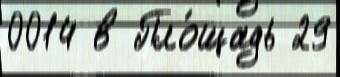
0014 в Пло́щадь 29